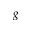
g